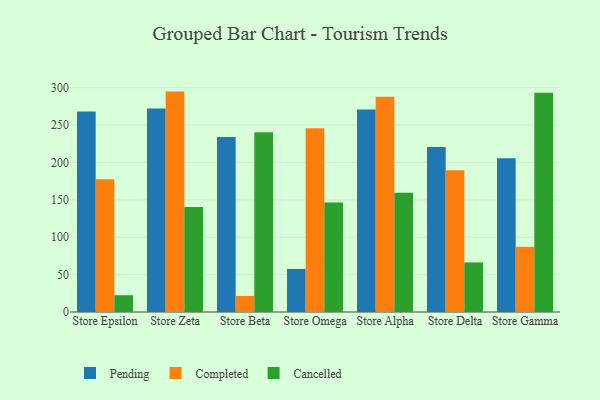
{"axis": {"x": "Store", "y": "Satisfaction Score"}, "legend": ["Cancelled", "Completed", "Pending"], "data": [{"x": "Store Epsilon", "y": 268.3, "type": "Pending"}, {"x": "Store Epsilon", "y": 177.6, "type": "Completed"}, {"x": "Store Epsilon", "y": 22.4, "type": "Cancelled"}, {"x": "Store Zeta", "y": 272.3, "type": "Pending"}, {"x": "Store Zeta", "y": 294.8, "type": "Completed"}, {"x": "Store Zeta", "y": 140.4, "type": "Cancelled"}, {"x": "Store Beta", "y": 234.2, "type": "Pending"}, {"x": "Store Beta", "y": 21.5, "type": "Completed"}, {"x": "Store Beta", "y": 240.4, "type": "Cancelled"}, {"x": "Store Omega", "y": 57.6, "type": "Pending"}, {"x": "Store Omega", "y": 245.7, "type": "Completed"}, {"x": "Store Omega", "y": 146.6, "type": "Cancelled"}, {"x": "Store Alpha", "y": 270.8, "type": "Pending"}, {"x": "Store Alpha", "y": 287.8, "type": "Completed"}, {"x": "Store Alpha", "y": 159.6, "type": "Cancelled"}, {"x": "Store Delta", "y": 220.8, "type": "Pending"}, {"x": "Store Delta", "y": 189.5, "type": "Completed"}, {"x": "Store Delta", "y": 66.3, "type": "Cancelled"}, {"x": "Store Gamma", "y": 205.6, "type": "Pending"}, {"x": "Store Gamma", "y": 87.2, "type": "Completed"}, {"x": "Store Gamma", "y": 293.1, "type": "Cancelled"}]}